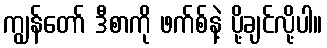
ကျွန်တော် ဒီစာကို ဖက်စ်နဲ့ ပို့ချင်လို့ပါ။